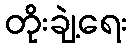
တိုးချဲ့ရေး